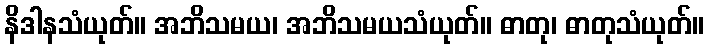
နိဒါနသံယုတ်။ အဘိသမယ၊ အဘိသမယသံယုတ်။ ဓာတု၊ ဓာတုသံယုတ်။